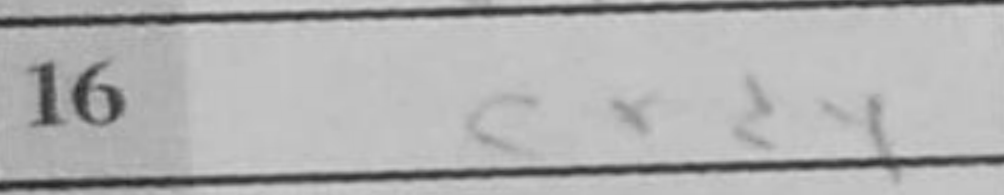
Transcription: cxd4